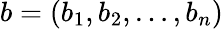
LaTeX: b=(b_{1},b_{2},\dots,b_{n})